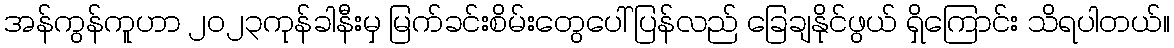
အန်ကွန်ကူဟာ ၂၀၂၃ကုန်ခါနီးမှ မြက်ခင်းစိမ်းတွေပေါ် ပြန်လည် ခြေချနိုင်ဖွယ် ရှိကြောင်း သိရပါတယ်။